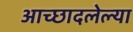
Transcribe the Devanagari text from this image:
आच्छादलेल्या